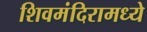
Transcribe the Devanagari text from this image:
शिवमंदिरामध्ये